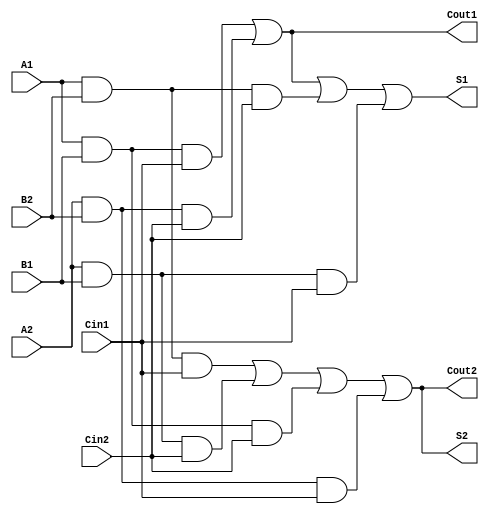
module dual_rail_full_adder (
    input wire A1,
    input wire A2,
    input wire B1,
    input wire B2,
    input wire Cin1,
    input wire Cin2,
    output wire S1,
    output wire S2,
    output wire Cout1,
    output wire Cout2
);

    // Intermediate signals for sum and carry calculations
    wire sum1_part1, sum1_part2, sum2_part1, sum2_part2;
    wire carry1_part1, carry1_part2, carry2_part1, carry2_part2;

    // Sum output logic
    assign sum1_part1 = A1 & B1 & Cin1;
    assign sum1_part2 = A2 & B2 & Cin2;
    assign S1 = sum1_part1 | sum1_part2 | (A1 & B2 & Cin2) | (A2 & B1 & Cin1);

    assign sum2_part1 = A1 & B2 & Cin1;
    assign sum2_part2 = A2 & B1 & Cin2;
    assign S2 = sum2_part1 | sum2_part2 | (A1 & B1 & Cin2) | (A2 & B2 & Cin1);

    // Carry output logic
    assign carry1_part1 = A1 & B1 & Cin1;
    assign carry1_part2 = A2 & B2 & Cin2;
    assign Cout1 = carry1_part1 | carry1_part2;

    assign carry2_part1 = A1 & B2 & Cin1;
    assign carry2_part2 = A2 & B1 & Cin2;
    assign Cout2 = carry2_part1 | carry2_part2 | (A1 & B1 & Cin2) | (A2 & B2 & Cin1);

endmodule